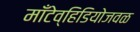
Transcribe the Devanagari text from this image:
मॉँटेव्हिडियोजवळ